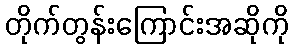
တိုက်တွန်းကြောင်းအဆိုကို